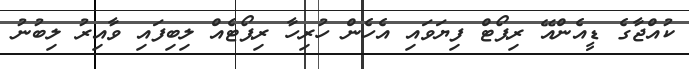
ކުއްޖާގެ ޑީއެންއޭ ރިޕޯޓް ފިޔަވައި އެހެން ހުރިހާ ރިޕޯޓެއް ލިބިފައި ވާއިރު ލިބުނު